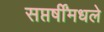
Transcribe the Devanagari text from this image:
सप्तर्षींमधले